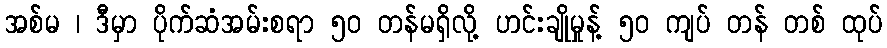
အစ်မ ၊ ဒီမှာ ပိုက်ဆံအမ်းစရာ ၅၀ တန်မရှိလို့ ဟင်းချိုမှုန့် ၅၀ ကျပ် တန် တစ် ထုပ်